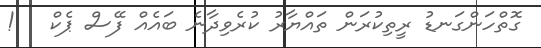
ގޮތްހަންގަނޑު ރީތިކުރަން ތައްޔާރު ކުރެވިދާނެ ބައެއް ފޭސް ޕެކް   !